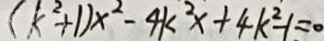
( k ^ { 2 } + 1 ) x ^ { 2 } - 4 k ^ { 2 } x + 4 k ^ { 2 } - 1 = 0